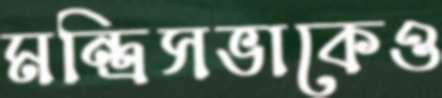
মন্ত্রিসভাকেও